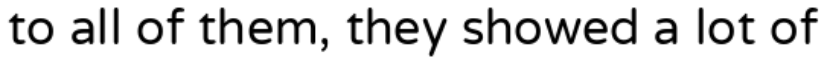
to all of them, they showed a lot of